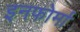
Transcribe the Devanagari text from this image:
इनफोर्मा